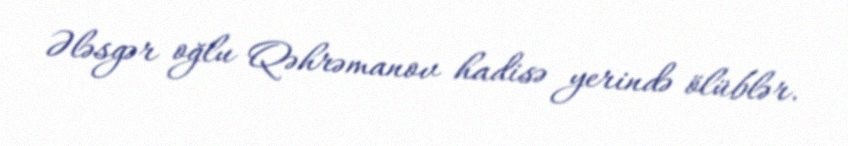
Ələsgər oğlu Qəhrəmanov hadisə yerində ölüblər.